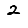
Digit: 2